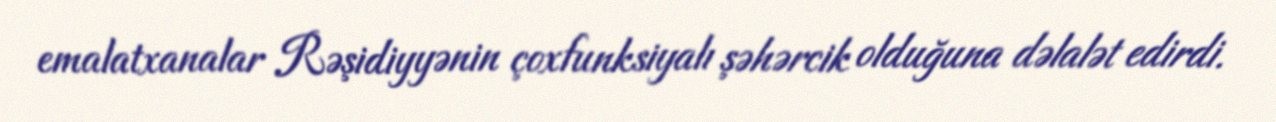
emalatxanalar Rəşidiyyənin çoxfunksiyalı şəhərcik olduğuna dəlalət edirdi.